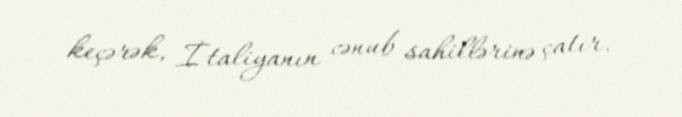
keçərək, İtaliyanın cənub sahillərinə çatır.